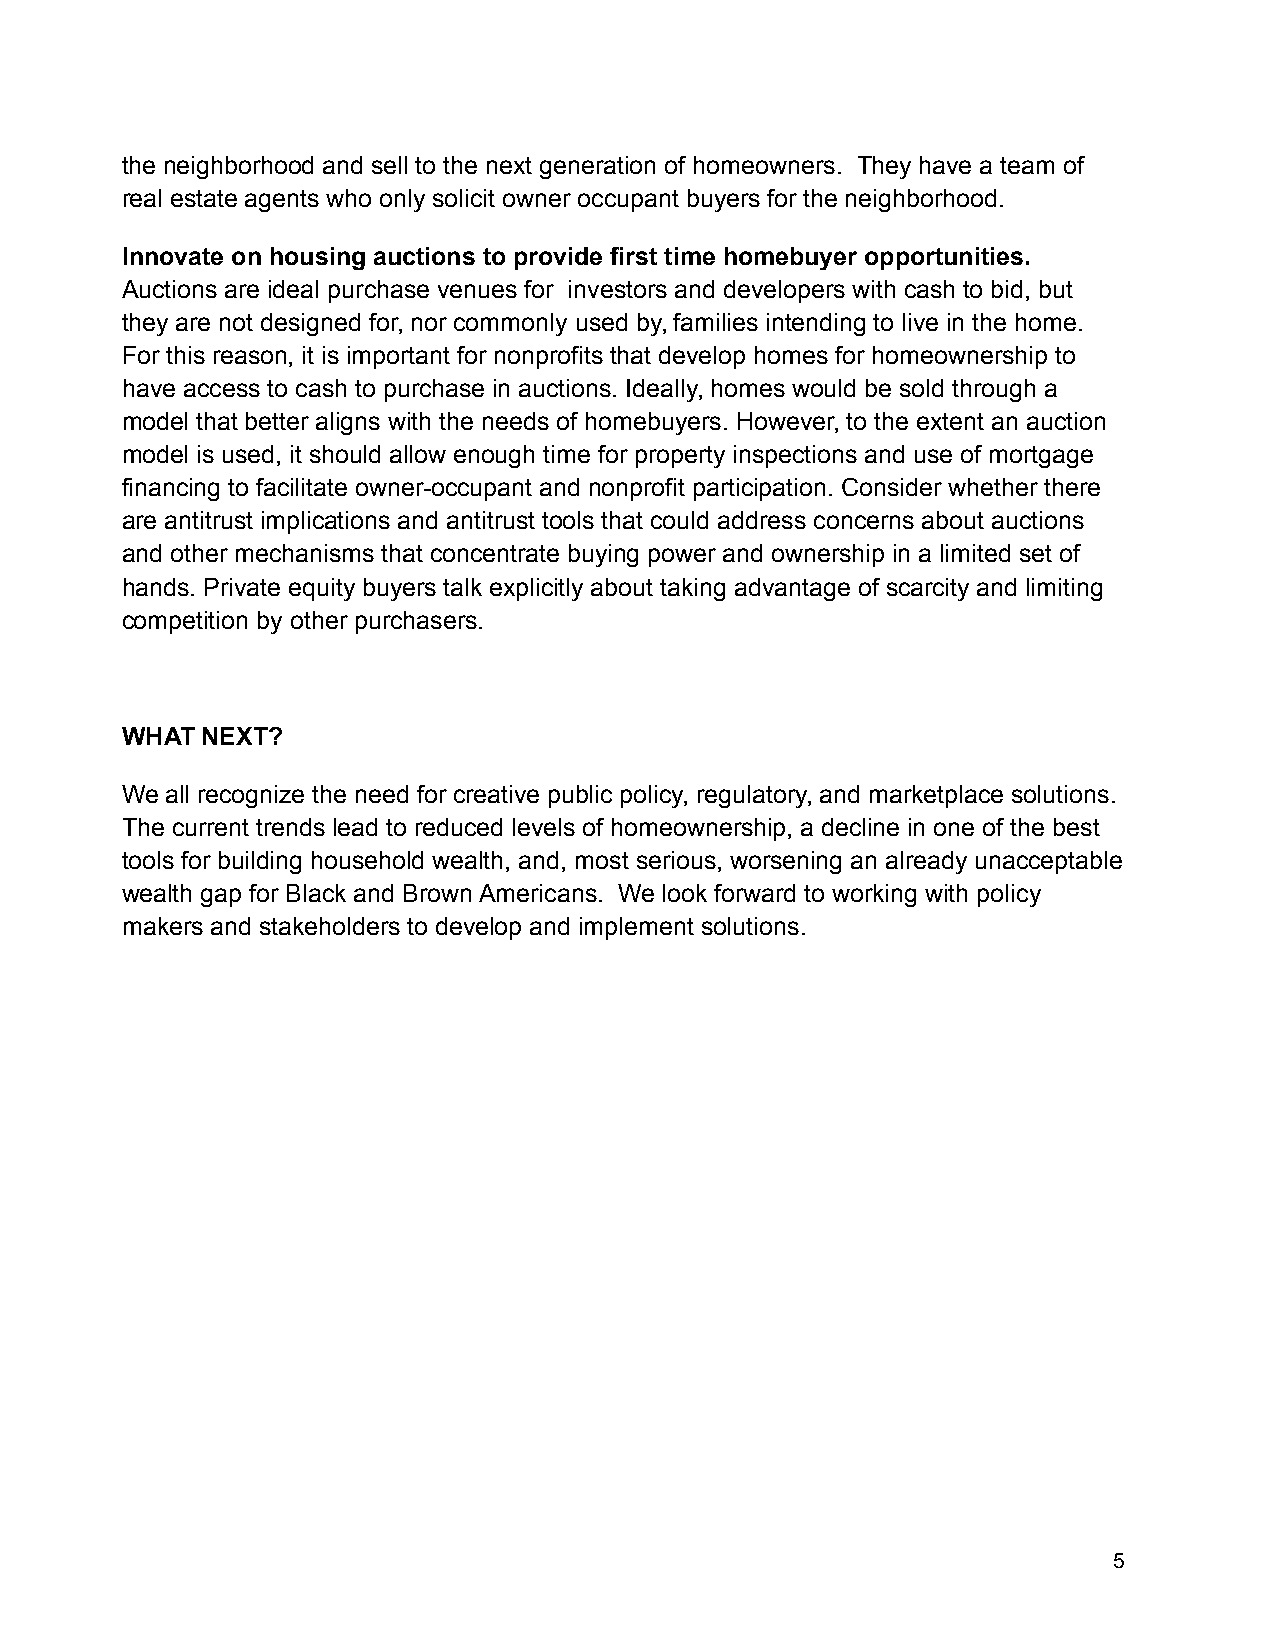
the neighborhood and sell to the next generation of homeowners. They have a team of
 real estate agents who only solicit owner occupant buyers for the neighborhood.
 Innovate on housing auctions to provide first time homebuyer opportunities.
 Auctions are ideal purchase venues for investors and developers with cash to bid, but
 they are not designed for, nor commonly used by, families intending to live in the home.
 For this reason, it is important for nonprofits that develop homes for homeownership to
 have access to cash to purchase in auctions. Ideally, homes would be sold through a
 model that better aligns with the needs of homebuyers. However, to the extent an auction
 model is used, it should allow enough time for property inspections and use of mortgage
 financing to facilitate owner-occupant and nonprofit participation. Consider whether there
 are antitrust implications and antitrust tools that could address concerns about auctions
 and other mechanisms that concentrate buying power and ownership in a limited set of
 hands. Private equity buyers talk explicitly about taking advantage of scarcity and limiting
 competition by other purchasers.
 WHAT NEXT?
 We all recognize the need for creative public policy, regulatory, and marketplace solutions.
 The current trends lead to reduced levels of homeownership, a decline in one of the best
 tools for building household wealth, and, most serious, worsening an already unacceptable
 wealth gap for Black and Brown Americans. We look forward to working with policy
 makers and stakeholders to develop and implement solutions.
 5